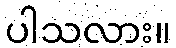
ပါသလား။